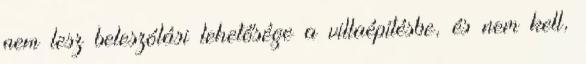
nem lesz beleszólási lehetősége a villaépítésbe, és nem kell,